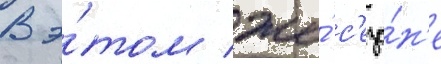
В э́том же́ с'езо́н'е